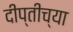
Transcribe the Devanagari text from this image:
दीप्तीच्या